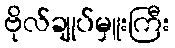
ဗိုလ်ချုပ်မှူးကြီး